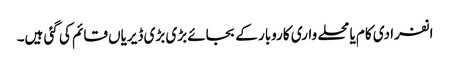
انفرادی کام یا محلے واری کاروبار کے بجائے بڑی بڑی ڈیریاں قائم کی گئی ہیں۔